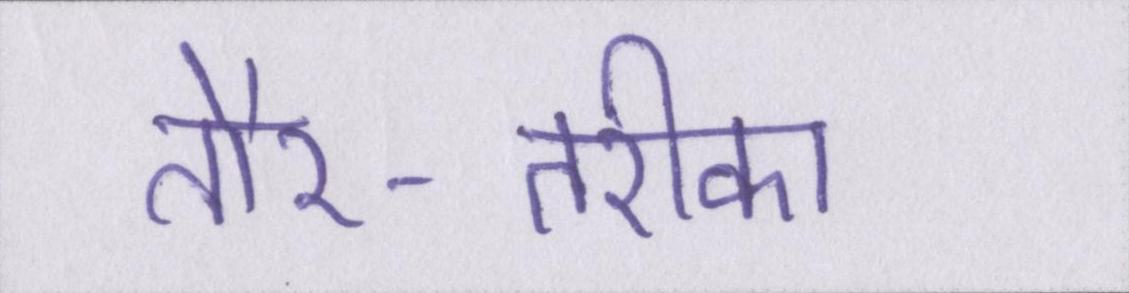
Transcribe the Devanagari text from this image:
तौर-तरीका